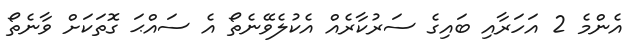
އެންމެ 2 އަހަރާއި ބައިގެ ސަރުކާރެއް އެކުލެވޭނެތޯ އެ ސައްޙަ ގޮތަކަށް ވާނެތޯ